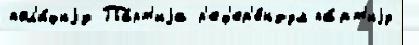
пол'и́циjу Па́рт'иjа р'еф'ер'е́ндум па́рт'иjу